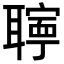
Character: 𦗰